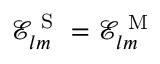
\mathcal { E } _ { l m } ^ { \mathrm { ~ S ~ } } = \mathcal { E } _ { l m } ^ { \mathrm { ~ M ~ } }